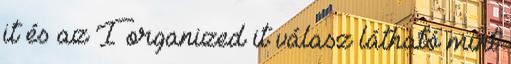
it és az I organized it válasz látható mint